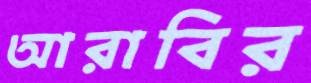
আরাবির